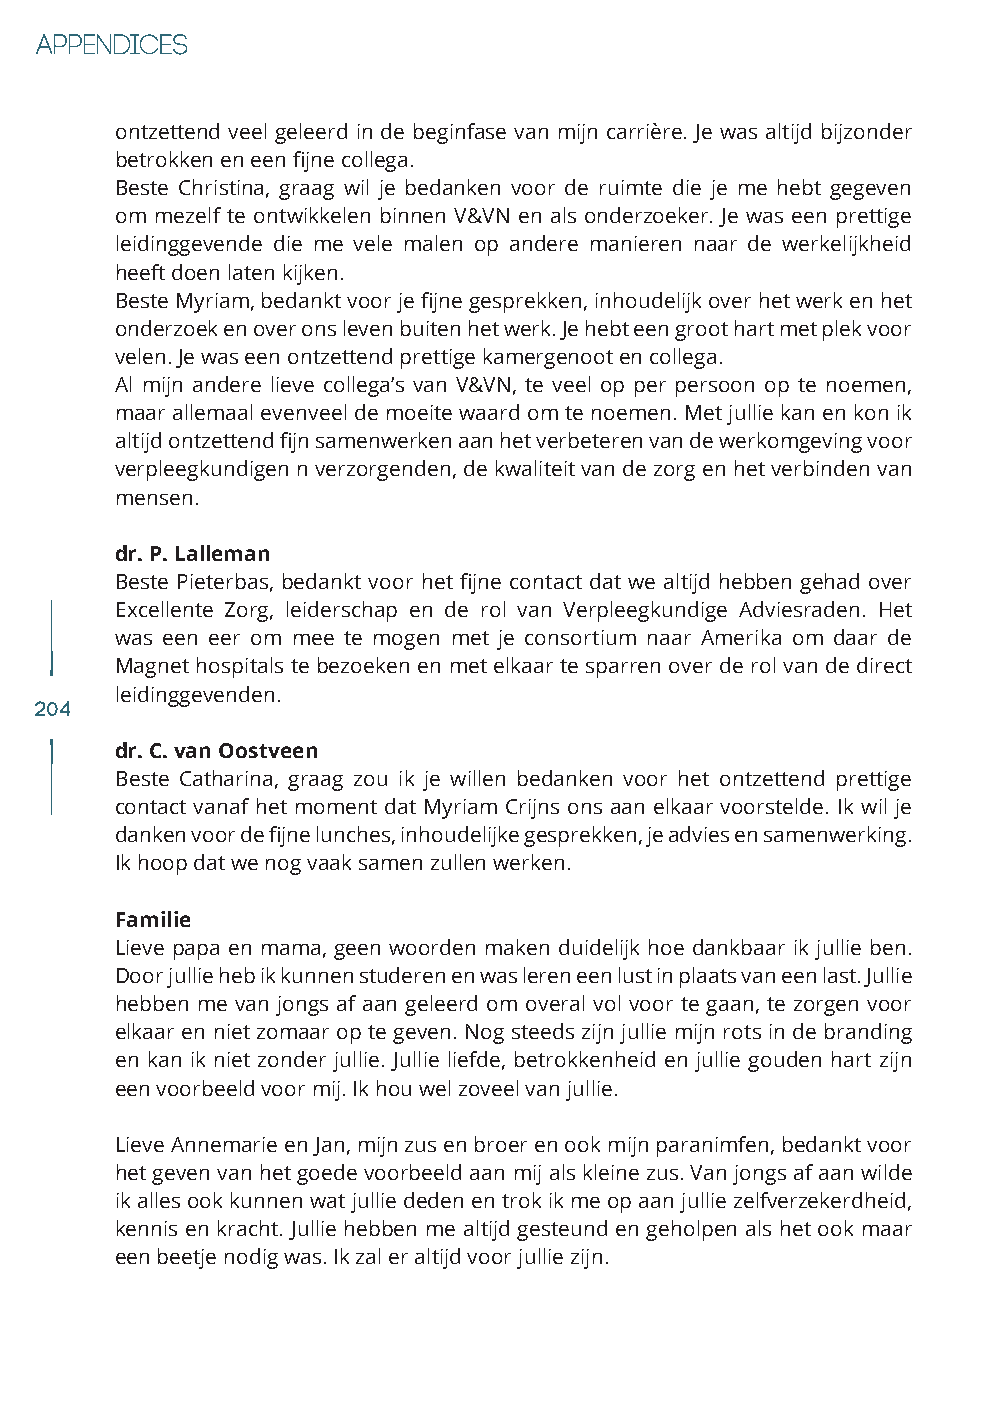
ontzettend veel geleerd in de beginfase van mijn carrière. Je was altijd bijzonder
 betrokken en een fijne collega.
 Beste Christina, graag wil je bedanken voor de ruimte die je me hebt gegeven
 om mezelf te ontwikkelen binnen V&VN en als onderzoeker. Je was een prettige
 leidinggevende die me vele malen op andere manieren naar de werkelijkheid
 heeft doen laten kijken.
 Beste Myriam, bedankt voor je fijne gesprekken, inhoudelijk over het werk en het
 onderzoek en over ons leven buiten het werk. Je hebt een groot hart met plek voor
 velen. Je was een ontzettend prettige kamergenoot en collega.
 Al mijn andere lieve collega’s van V&VN, te veel op per persoon op te noemen,
 maar allemaal evenveel de moeite waard om te noemen. Met jullie kan en kon ik
 altijd ontzettend fijn samenwerken aan het verbeteren van de werkomgeving voor
 verpleegkundigen n verzorgenden, de kwaliteit van de zorg en het verbinden van
 mensen.
 dr. P. Lalleman
 Beste Pieterbas, bedankt voor het fijne contact dat we altijd hebben gehad over
 Excellente Zorg, leiderschap en de rol van Verpleegkundige Adviesraden. Het
 was een eer om mee te mogen met je consortium naar Amerika om daar de
 Magnet hospitals te bezoeken en met elkaar te sparren over de rol van de direct
 leidinggevenden.
 204
 dr. C. van Oostveen
 Beste Catharina, graag zou ik je willen bedanken voor het ontzettend prettige
 contact vanaf het moment dat Myriam Crijns ons aan elkaar voorstelde. Ik wil je
 danken voor de fijne lunches, inhoudelijke gesprekken, je advies en samenwerking.
 Ik hoop dat we nog vaak samen zullen werken.
 Familie
 Lieve papa en mama, geen woorden maken duidelijk hoe dankbaar ik jullie ben.
 Door jullie heb ik kunnen studeren en was leren een lust in plaats van een last. Jullie
 hebben me van jongs af aan geleerd om overal vol voor te gaan, te zorgen voor
 elkaar en niet zomaar op te geven. Nog steeds zijn jullie mijn rots in de branding
 en kan ik niet zonder jullie. Jullie liefde, betrokkenheid en jullie gouden hart zijn
 een voorbeeld voor mij. Ik hou wel zoveel van jullie.
 Lieve Annemarie en Jan, mijn zus en broer en ook mijn paranimfen, bedankt voor
 het geven van het goede voorbeeld aan mij als kleine zus. Van jongs af aan wilde
 ik alles ook kunnen wat jullie deden en trok ik me op aan jullie zelfverzekerdheid,
 kennis en kracht. Jullie hebben me altijd gesteund en geholpen als het ook maar
 een beetje nodig was. Ik zal er altijd voor jullie zijn.